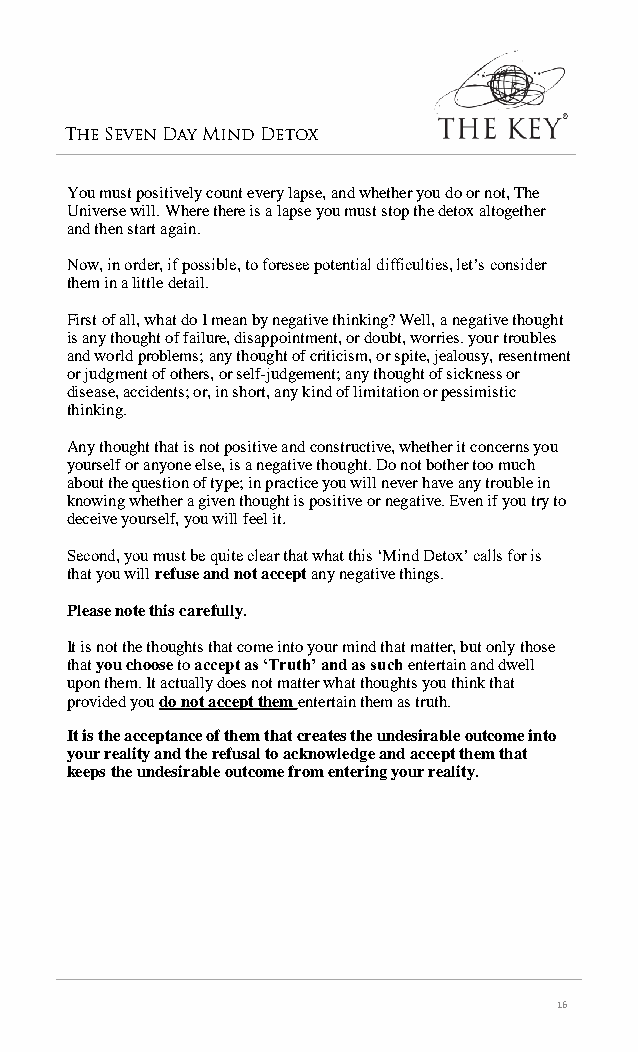
The Seven Day Mind Detox
 You must positively count every lapse, and whether you do or not, The
 Universe will. Where there is a lapse you must stop the detox altogether
 and then start again.
 Now, in order, if possible, to foresee potential difficulties, let’s consider
 them in a little detail.
 First of all, what do I mean by negative thinking? Well, a negative thought
 is any thought of failure, disappointment, or doubt, worries. your troubles
 and world problems; any thought of criticism, or spite, jealousy, resentment
 or judgment of others, or self-judgement; any thought of sickness or
 disease, accidents; or, in short, any kind of limitation or pessimistic
 thinking.
 Any thought that is not positive and constructive, whether it concerns you
 yourself or anyone else, is a negative thought. Do not bother too much
 about the question of type; in practice you will never have any trouble in
 knowing whether a given thought is positive or negative. Even if you try to
 deceive yourself, you will feel it.
 Second, you must be quite clear that what this ‘Mind Detox’ calls for is
 that you will refuse and not acceptany negative things.
 Please note this carefully.
 It is not the thoughts that come into your mind that matter, but only those
 that you choose to accept as ‘Truth’ and as such entertain and dwell
 upon them. It actually does not matter what thoughts you think that
 provided you do not accept them entertain them as truth.
 It is the acceptance of them that creates the undesirable outcome into
 your reality and the refusal to acknowledge and accept them that
 keeps the undesirable outcome from entering your reality.
 16